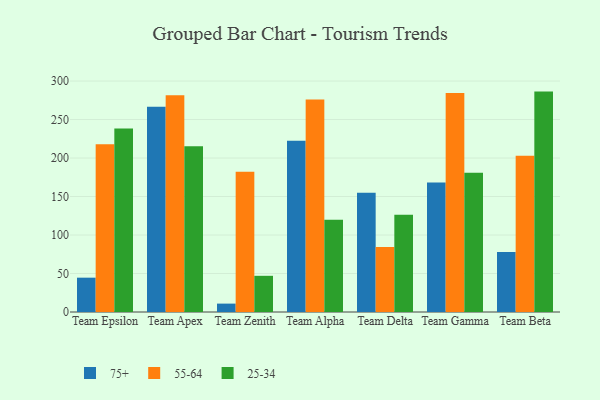
{"axis": {"x": "Team", "y": "Satisfaction Score"}, "legend": ["25-34", "55-64", "75+"], "data": [{"x": "Team Epsilon", "y": 44.6, "type": "75+"}, {"x": "Team Epsilon", "y": 217.8, "type": "55-64"}, {"x": "Team Epsilon", "y": 238.3, "type": "25-34"}, {"x": "Team Apex", "y": 266.6, "type": "75+"}, {"x": "Team Apex", "y": 281.5, "type": "55-64"}, {"x": "Team Apex", "y": 215.3, "type": "25-34"}, {"x": "Team Zenith", "y": 10.9, "type": "75+"}, {"x": "Team Zenith", "y": 182.2, "type": "55-64"}, {"x": "Team Zenith", "y": 47.0, "type": "25-34"}, {"x": "Team Alpha", "y": 222.5, "type": "75+"}, {"x": "Team Alpha", "y": 275.9, "type": "55-64"}, {"x": "Team Alpha", "y": 119.7, "type": "25-34"}, {"x": "Team Delta", "y": 154.9, "type": "75+"}, {"x": "Team Delta", "y": 84.4, "type": "55-64"}, {"x": "Team Delta", "y": 126.3, "type": "25-34"}, {"x": "Team Gamma", "y": 168.2, "type": "75+"}, {"x": "Team Gamma", "y": 284.6, "type": "55-64"}, {"x": "Team Gamma", "y": 180.9, "type": "25-34"}, {"x": "Team Beta", "y": 78.1, "type": "75+"}, {"x": "Team Beta", "y": 202.9, "type": "55-64"}, {"x": "Team Beta", "y": 286.3, "type": "25-34"}]}